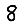
Digit: 8